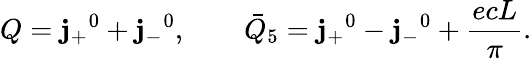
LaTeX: Q=\mathbf{j}_{+}{}^{0}+\mathbf{j}_{-}{}^{0},\qquad{\bar{{Q}}}_{5}=\mathbf{j}_{+}{}^{0}-\mathbf{j}_{-}{}^{0}+\frac{{ecL}}{{\pi}}.